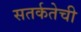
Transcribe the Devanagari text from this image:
सतर्कतेची